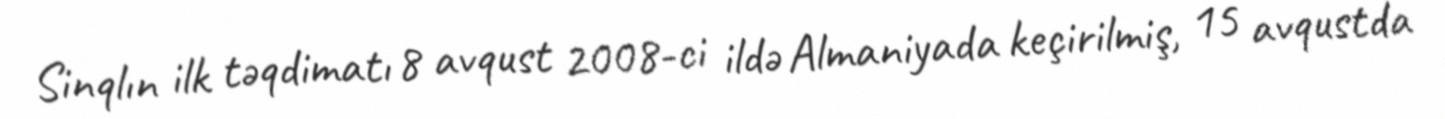
Sinqlın ilk təqdimatı 8 avqust 2008-ci ildə Almaniyada keçirilmiş, 15 avqustda